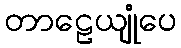
တာဠေယျုံပေ